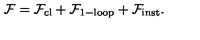
\mathcal { F } = { \mathcal { F } } _ { \mathrm { c l } } + { \mathcal { F } } _ { \mathrm { 1 - l o o p } } + { \mathcal { F } } _ { \mathrm { i n s t } } .